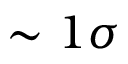
\sim 1 \sigma